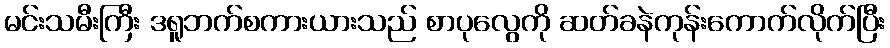
မင်းသမီးကြီး ဒရူဘက်စကားယားသည် စာပုလွေကို ဆတ်ခနဲကုန်းကောက်လိုက်ပြီး